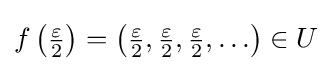
f\left({\tfrac {\varepsilon }{2}}\right)=\left({\tfrac {\varepsilon }{2}},{\tfrac {\varepsilon }{2}},{\tfrac {\varepsilon }{2}},\ldots \right)\in U